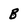
Character: B